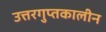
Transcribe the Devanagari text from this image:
उत्तरगुप्तकालीन